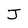
Character: J